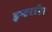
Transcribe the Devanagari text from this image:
इन्टरर्प्रेटर